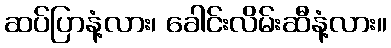
ဆပ်ပြာနံ့လား၊ ခေါင်းလိမ်းဆီနံ့လား။